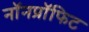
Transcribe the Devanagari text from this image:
नॉनप्रॉफिट